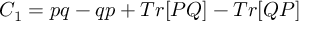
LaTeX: C _ { 1 } = p q - q p + T r [ P Q ] - T r [ Q P ]